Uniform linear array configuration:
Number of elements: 4
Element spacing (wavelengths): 1
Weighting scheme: hann
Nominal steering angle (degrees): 30
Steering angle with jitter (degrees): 30.516
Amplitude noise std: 0.05
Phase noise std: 0.05

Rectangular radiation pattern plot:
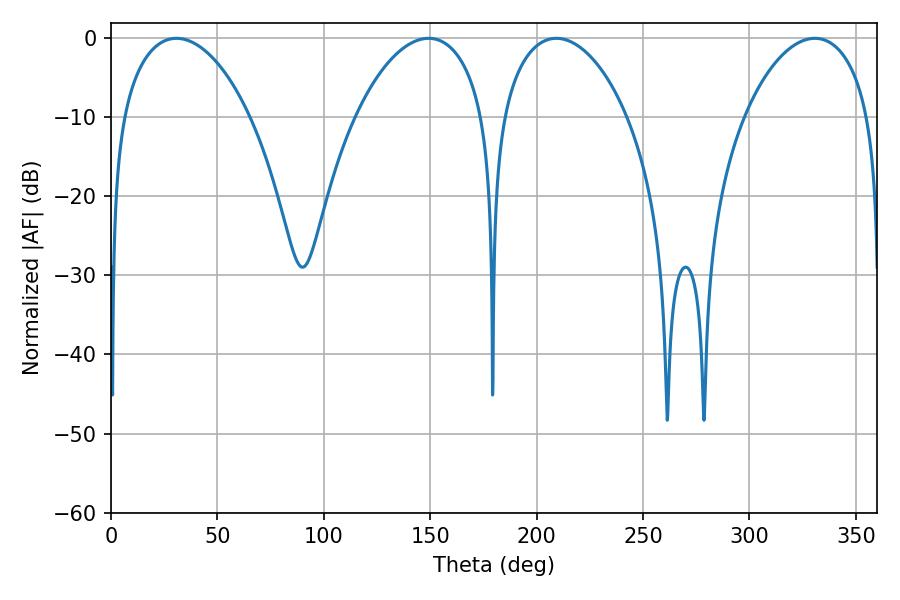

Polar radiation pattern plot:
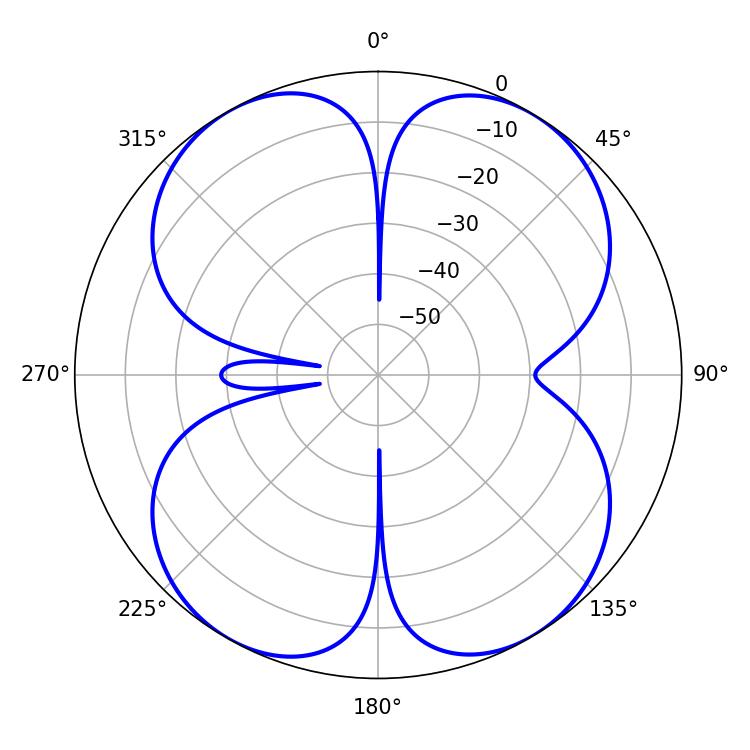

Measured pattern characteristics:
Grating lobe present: TRUE
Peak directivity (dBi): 16.263
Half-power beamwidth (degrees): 34.2
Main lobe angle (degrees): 30.78